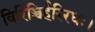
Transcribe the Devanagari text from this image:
विरिञ्चिर्हरिरधः।